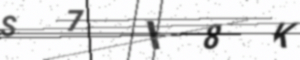
Text: S7I8K